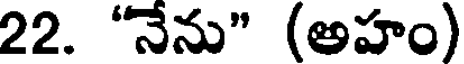
22. "నేను" (అహం)